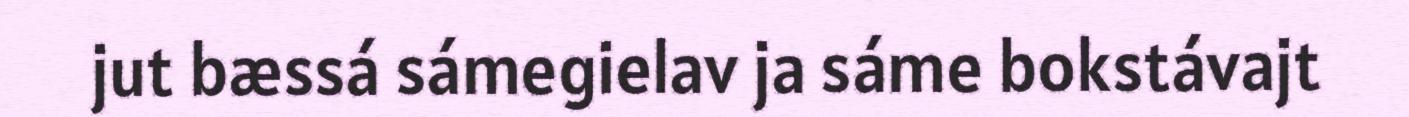
jut bæssá sámegielav ja sáme bokstávajt